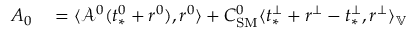
\begin{array} { r l } { A _ { 0 } } & { { } = \langle \mathcal { A } ^ { 0 } ( t _ { * } ^ { 0 } + r ^ { 0 } ) , r ^ { 0 } \rangle + C _ { \mathrm { S M } } ^ { 0 } \langle t _ { * } ^ { \perp } + r ^ { \perp } - t _ { * } ^ { \perp } , r ^ { \perp } \rangle _ { \mathbb { V } } } \end{array}